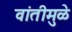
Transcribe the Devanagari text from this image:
वांतीमुळे